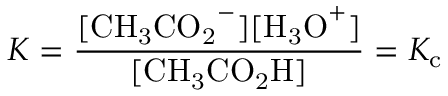
K = { \frac { \mathrm { [ { C H _ { 3 } C O _ { 2 } } ^ { - } ] [ { H _ { 3 } O } ^ { + } ] } } { \mathrm { [ { C H _ { 3 } C O _ { 2 } H } ] } } } = K _ { \mathrm { c } }